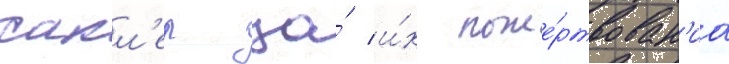
сакл'ер за́ и́х поже́ртвован'иа